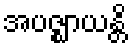
အပဇ္ဈာယန္တိ